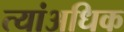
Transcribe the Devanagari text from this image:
त्यांअधिक